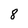
Character: 8